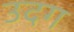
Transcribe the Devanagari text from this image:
उदग